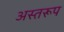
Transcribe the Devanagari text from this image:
अस्तरूप